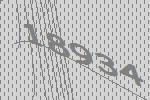
18934